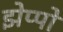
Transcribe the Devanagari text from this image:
झेप्पो